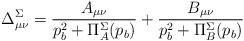
LaTeX: \begin{align*}\Delta^{\Sigma}_{\mu \nu} ={A_{\mu \nu} \over p_b^2+\Pi^{\Sigma}_{A}(p_b)}+{B_{\mu \nu} \over p_b^2+\Pi^{\Sigma}_{B}(p_b)}\end{align*}